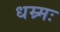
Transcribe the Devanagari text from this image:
धम्र्मः